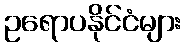
ဥရောပနိုင်ငံများ